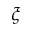
\xi